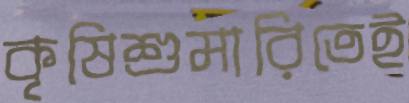
কৃষিশুমারিতেই